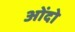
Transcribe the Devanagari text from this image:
ओंदो